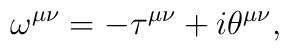
\omega^{\mu\nu}=-\tau^{\mu\nu}+i\theta^{\mu\nu},